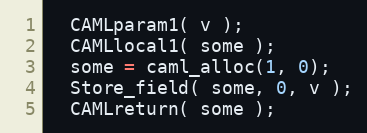
Language: C
  CAMLparam1( v );
  CAMLlocal1( some );
  some = caml_alloc(1, 0);
  Store_field( some, 0, v );
  CAMLreturn( some );